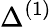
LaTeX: \Delta^{(1)}